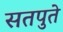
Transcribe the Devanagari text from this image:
सतपुते